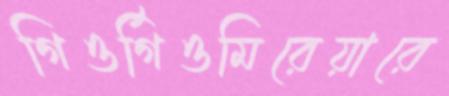
গিওর্গিওমিরেয়ারে